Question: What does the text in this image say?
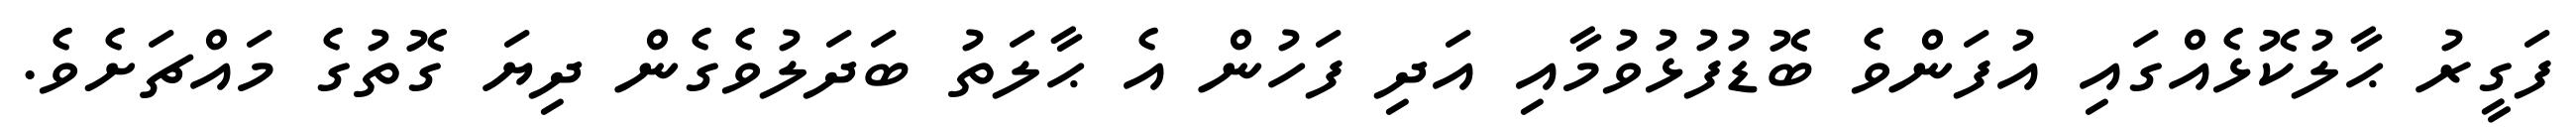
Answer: ފަގީރު ޙާލުކޮޅެއްގައި އުފަންވެ ބޮޑުފުޅުވުމާއި އަދި ފަހުން އެ ޙާލަތު ބަދަލުވެގެން ދިޔަ ގޮތުގެ މައްޗަށެވެ.